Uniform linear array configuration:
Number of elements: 32
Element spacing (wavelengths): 0.25
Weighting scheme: cosine
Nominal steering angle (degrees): -15
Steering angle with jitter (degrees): -15.946
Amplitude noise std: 0.05
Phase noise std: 0.05

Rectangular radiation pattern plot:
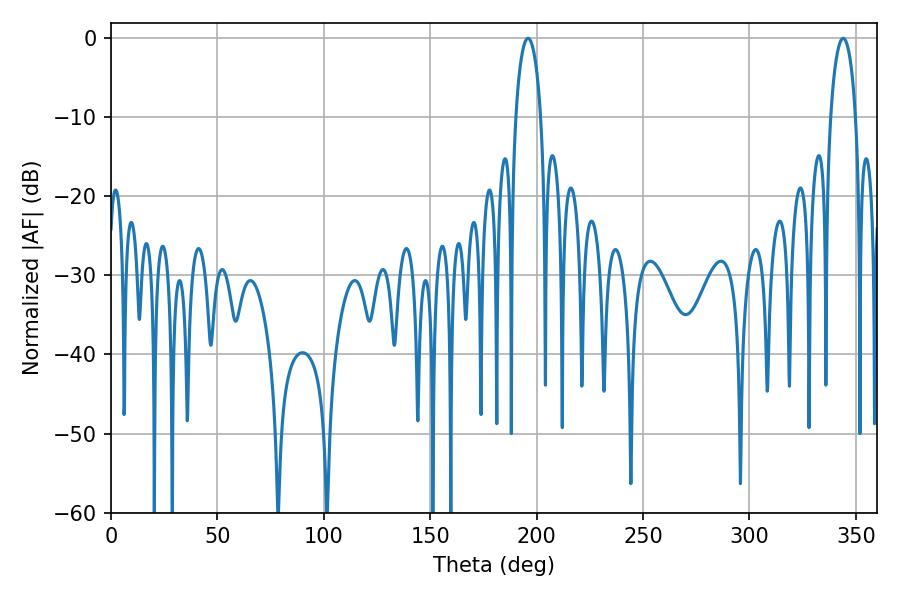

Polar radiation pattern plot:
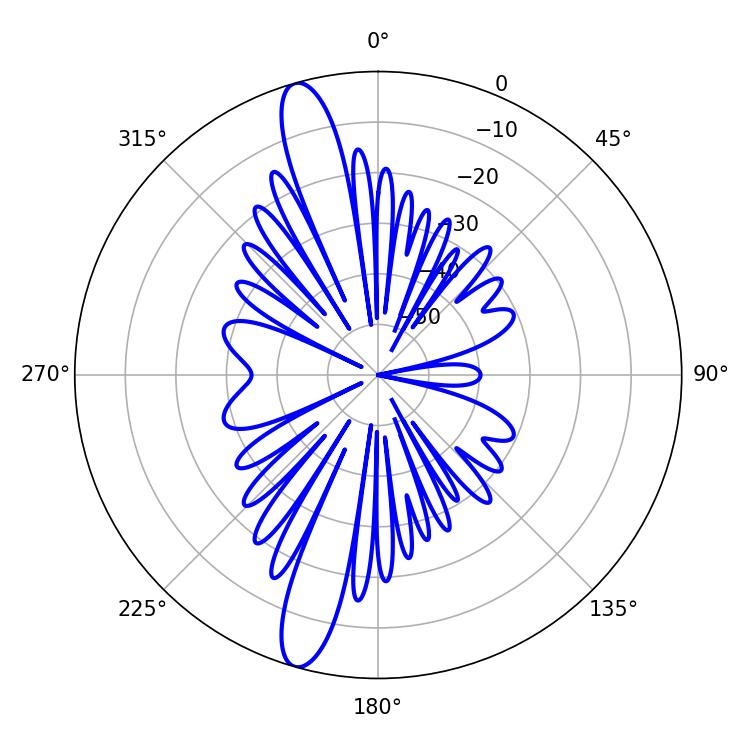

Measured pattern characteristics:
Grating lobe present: FALSE
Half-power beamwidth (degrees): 6.84
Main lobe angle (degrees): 343.98